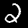
Label: 2